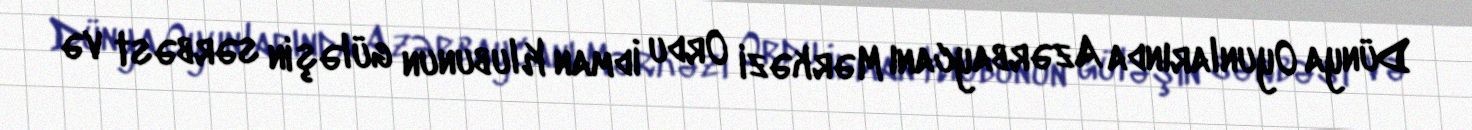
Dünya Oyunlarında Azərbaycanı Mərkəzi Ordu İdman Klubunun güləşin sərbəst və